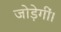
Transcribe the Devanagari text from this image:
जोड़ेगीं।